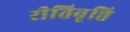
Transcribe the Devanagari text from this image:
रीतिवृत्ति